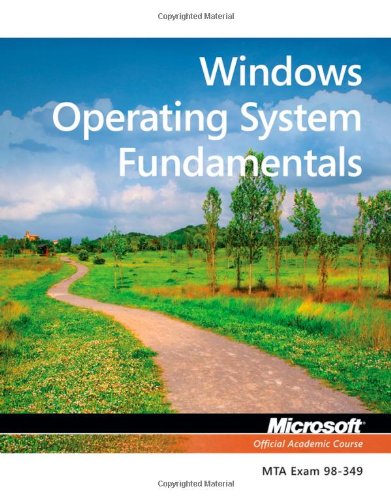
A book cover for Exam 98-349 MTA Windows Operating System Fundamentals; Microsoft Official Academic Course; Computers & Technology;